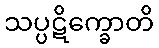
သပ္ပဋိက္ခောတိ